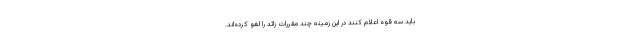
باید سه قوه اعلام کنند در این زمینه چند مقررات زائد را لغو کرده‌اند.